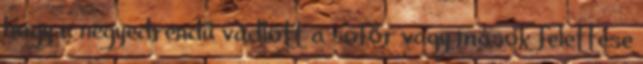
hogy a negyedrendű vádlott a sofőr vagy mások felettese